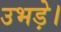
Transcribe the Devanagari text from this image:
उभड़े।